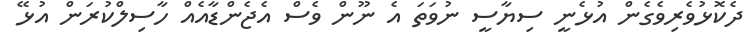
ދެކޮޅުވެރިވެގެން އުޅެނީ ސިޔާސީ ނުވަތަ އެ ނޫން ވެސް އެޖެންޑާއެއް ހާސިލްކުރަން އުޅޭ